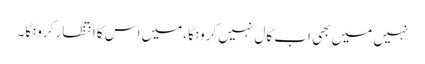
نہیں میں بھی اب کال نہیں کرونگا ،میں اس کا انتظار کرونگا۔